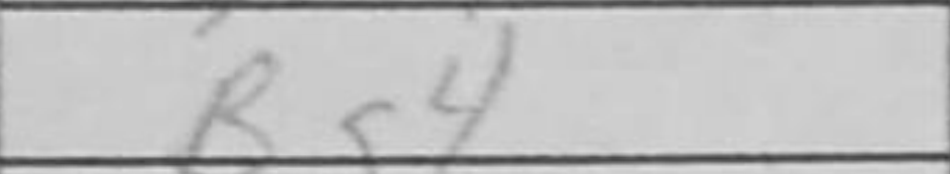
Transcription: Bg4